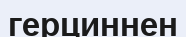
герциннен